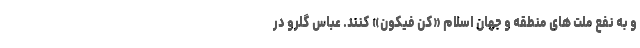
و به نفع ملت های منطقه و جهان اسلام «کن فیکون» کنند. عباس گلرو در